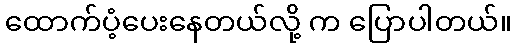
ထောက်ပံ့ပေးနေတယ်လို့ က ပြောပါတယ်။